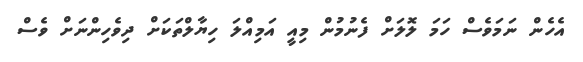
އެހެން ނަމަވެސް ހަމަ ލޮލަށް ފެނުމުން މިއީ އަމިއްލަ ހިޔާލްތަކަށް ދިވެހިންނަށް ވެސް